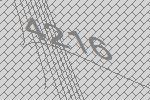
4216